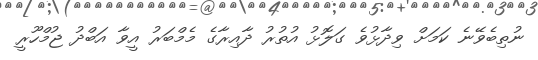
ނުތިބެވޭނެ ކަމަށް ވިދާޅުވެ ގަލޮޅު އުތުރު ދާއިރާގެ މެމްބަރު އީވާ އަބްދު ޖުމްހޫރީ